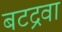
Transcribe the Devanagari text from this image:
बटद्रवा